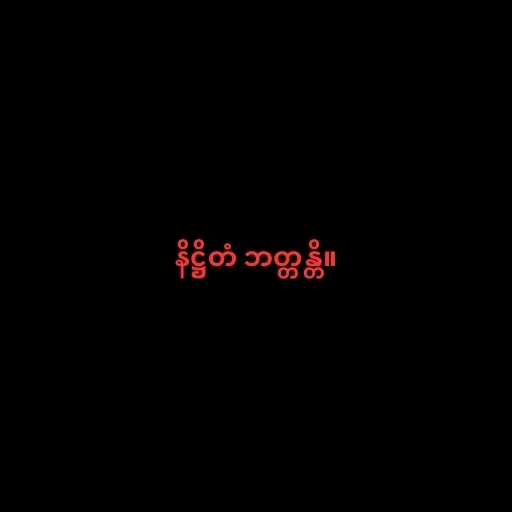
နိဋ္ဌိတံ ဘတ္တန္တိ။